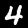
Label: 4